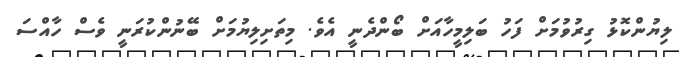
ލިޔުންކޮޅު ގިރުވުމަށް ފަހު ބަލިމީހާއަށް ބޯންދެނީ އެވެ. މިތަށިލިޔުމަށް ބޭނުންކުރަނީ ވެސް ހާއްސަ